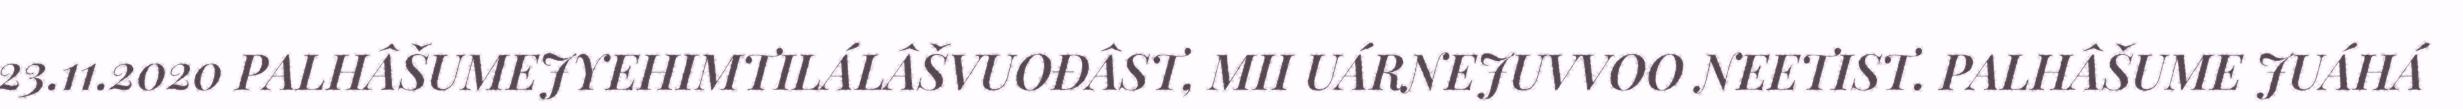
23.11.2020 PALHÂŠUMEJYEHIMTILÁLÂŠVUOĐÂST, MII UÁRNEJUVVOO NEETIST. PALHÂŠUME JUÁHÁ